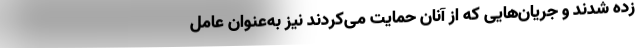
زده شدند و جریان‌هایی که از آنان حمایت می‌کردند نیز به‌عنوان عامل